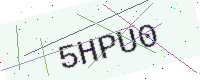
Text: 5HPU0